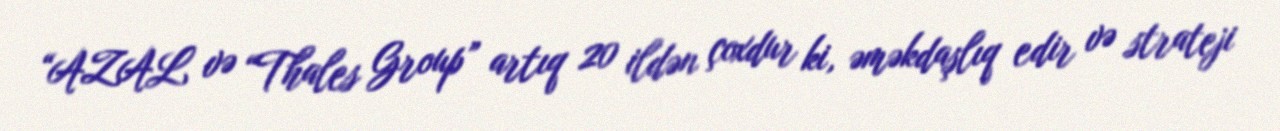
“AZAL və “Thales Group” artıq 20 ildən çoxdur ki, əməkdaşlıq edir və strateji